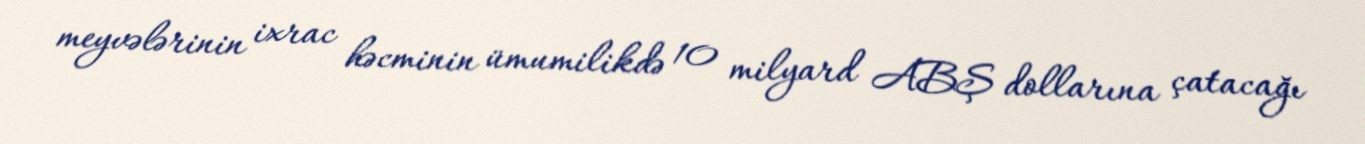
meyvələrinin ixrac həcminin ümumilikdə 10 milyard ABŞ dollarına çatacağı